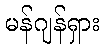
မန်ဂျန်ရှား